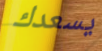
يسعدك